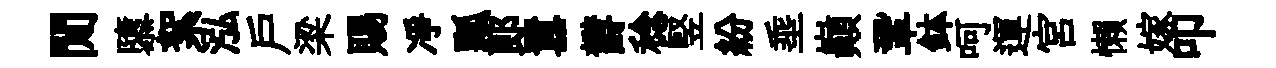
閒隳絮泓戸梁賜凈瓢郞囂欝稔竪紛埀巔鞏鉢呵運宫懶嫁叩